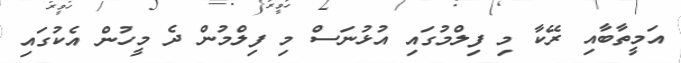
އަމީތާބާއި ރޭކާ މި ފިލްމުގައި އުޅުނަސް މި ފިލްމުން ދެ މީހުން އެކުގައި